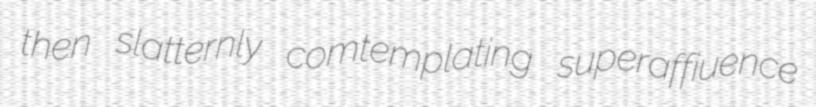
then slatternly comtemplating superaffiuence